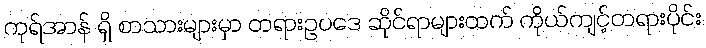
ကုရ်အာန် ရှိ စာသားများမှာ တရားဥပဒေ ဆိုင်ရာများထက် ကိုယ်ကျင့်တရားပိုင်း